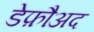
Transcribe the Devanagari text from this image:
डेफ़ौअद